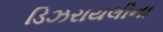
ડિઝરાયલીના